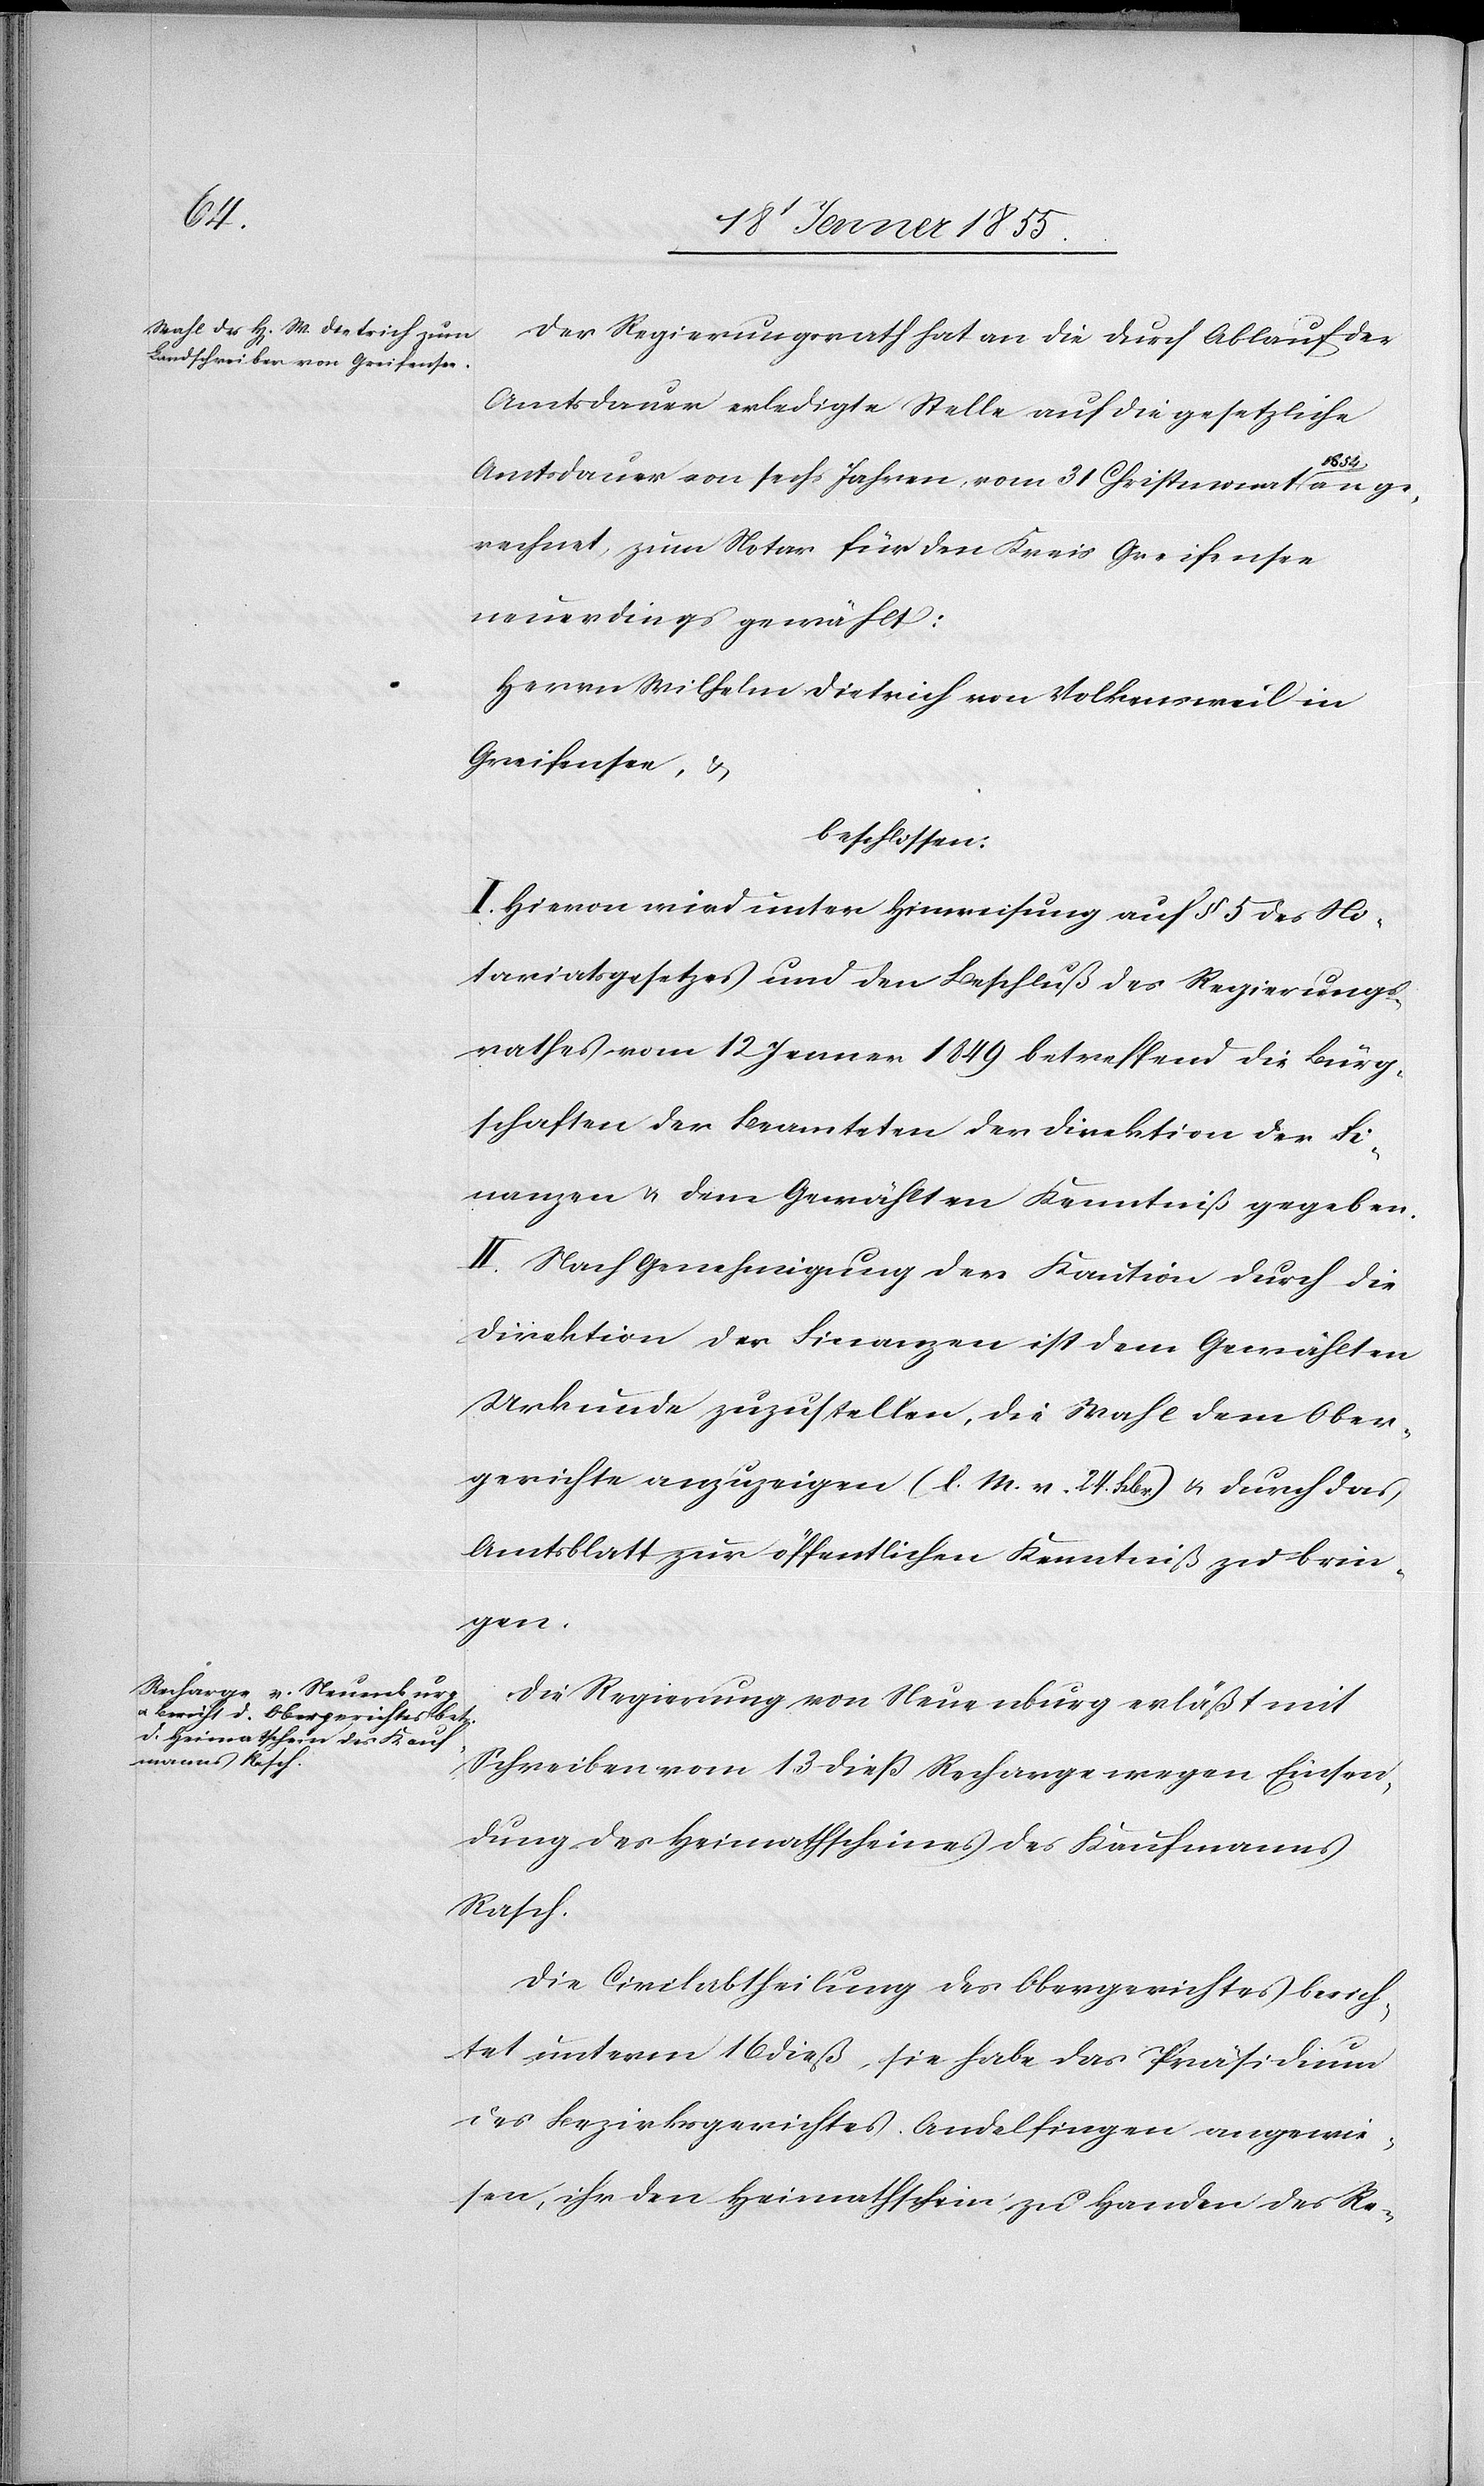
Der Regierungsrath hat an die durch Ablauf der
Amtsdauer erledigte Stelle auf die gesetzliche
Amtsdauer von sechs Jahren vom 31 Christmonat 1854 an ge¬
rechnet, zum Notar für den Kreis Greifensee
neuerdings gewählt:
Herrn Wilhelm Dietrich von Volkensweil in
Greifensee, &
beschlossen:
I. Hievon wird unter Hinweisung auf § 5 des No¬
tariatsgesetzes und den Beschluß des Regierungs¬
rathes vom 12 Jenner 1849 betreffend die Bürg¬
schaften der Beamteten der Direktion der Fi¬
nanzen & dem Gewählten Kenntniß gegeben.
II. Nach Genehmigung der Kaution durch die
Direktion der Finanzen ist dem Gewählten
Urkunde zuzustellen, die Wahl dem Ober¬
gerichte anzuzeigen (l. M. v. 24. Febr.) & durch das
Amtsblatt zur öffentlichen Kenntniß zu brin¬
gen.
Die Regierung von Neuenburg erläßt mit
Schreiben vom 13 dieß Recharge wegen Einsen¬
dung des Heimathscheines des Kaufmanns
Rasch.
Die Civilabtheilung des Obergerichtes berich¬
tet unterm 16 dieß, sie habe das Präsidium
des Bezirksgerichtes Andelfingen angewie¬
sen, ihr den Heimathschein zu Handen des Re-